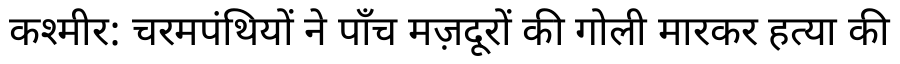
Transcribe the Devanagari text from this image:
कश्मीर: चरमपंथियों ने पाँच मज़दूरों की गोली मारकर हत्या की